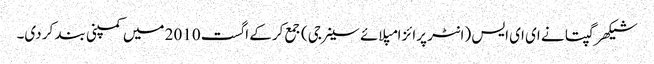
شیکھر گپتا نے ای ای ایس (انٹر پرائز امپلائے سینرجی) جمع کرکے اگست 2010 میں کمپنی بند کر دی۔